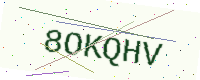
Text: 8OKQHV